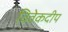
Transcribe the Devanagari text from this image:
विवेकदीप